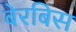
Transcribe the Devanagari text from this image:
बेरबिस